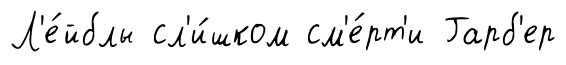
Л'е́йблы сл'и́шком см'е́рт'и Гарб'ер